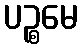
ပဉ္စမေ